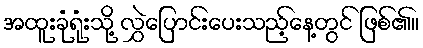
အထူးခုံရုံးသို့ လွှဲပြောင်းပေးသည့်နေ့တွင် ဖြစ်၏။